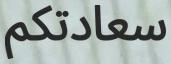
سعادتكم